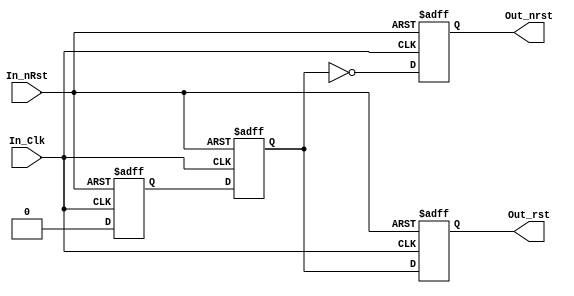
/* Verilog HDL FILE
--{{{ HEADER
--!@file
--------------------------------------------------------------------------------
--!@brief Rst_Syncronizer
--------------------------------------------------------------------------------                                                                      
--! DESCRIPTION:
--!
--! Sincroniza os resets
--!
--! DETAILS:      
--!
--!- Project Name: Rst_Syncronizer.v                       
--!- Module Name: Rst_Syncronizer
--!- Tools: Quartus II 10.0 SP1 
--!- Author: Franz Wagner
--!- Company: LABORATORIO NACIONAL DE LUZ SINCROTRON - GRUPO DETECTORES
--!- Create Date: 2/12/2013     
--!- Version: 1.0.0 (Dez/2013) 
--------------------------------------------------------------------------------
-- LNLS - DET - 2013
--------------------------------------------------------------------------------
--}}} Header*/

module Rst_Syncronizer (
  input         In_nRst,
  input         In_Clk,
  output reg    Out_rst,
  output reg    Out_nrst
  );

reg t_rst;
reg rst;
always @ (posedge In_Clk or negedge In_nRst)
begin
  if (~In_nRst) begin
    t_rst	  <= 1'b1;
    rst		  <= 1'b1;
    Out_rst   <= 1'b1;
	 Out_nrst  <= 1'b0;
  end
  else begin
    t_rst 	  <= 1'b0;
    rst		  <= t_rst;
    Out_rst   <= rst;
	 Out_nrst  <= ~rst;
  end
end
endmodule